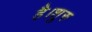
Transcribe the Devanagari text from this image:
है।शुरु